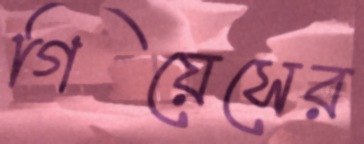
গিয়েসের